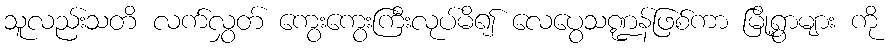
သူလည်းသတိ လက်လွှတ် ကွေးကွေးကြီးလုပ်မိ၍ လေပွေသဏ္ဍန်ဖြစ်ကာ မြို့ရွာများ ကို